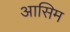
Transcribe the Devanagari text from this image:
आसिम